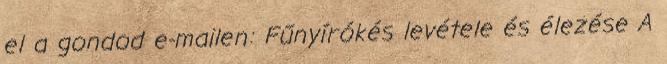
el a gondod e-mailen: Fűnyírókés levétele és élezése A